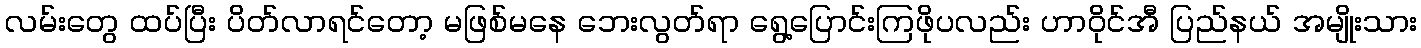
လမ်းတွေ ထပ်ပြီး ပိတ်လာရင်တော့ မဖြစ်မနေ ဘေးလွတ်ရာ ရွေ့ပြောင်းကြဖိုပလည်း ဟာဝိုင်အီ ပြည်နယ် အမျိုးသား